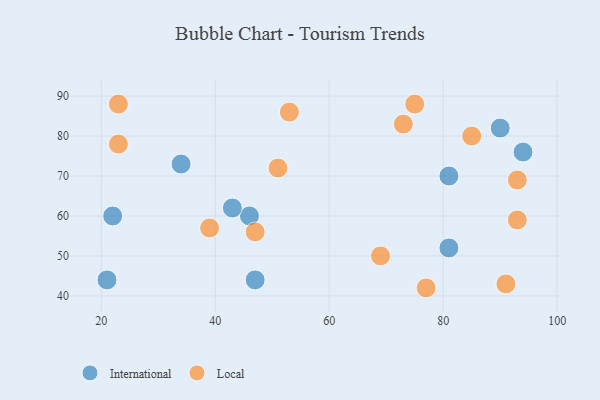
{"axis": {"x": "GDP", "y": "Life Expectancy"}, "legend": ["International", "Local"], "data": [{"x": "94", "y": 76, "type": "International"}, {"x": "22", "y": 60, "type": "International"}, {"x": "81", "y": 52, "type": "International"}, {"x": "34", "y": 73, "type": "International"}, {"x": "90", "y": 82, "type": "International"}, {"x": "46", "y": 60, "type": "International"}, {"x": "43", "y": 62, "type": "International"}, {"x": "81", "y": 70, "type": "International"}, {"x": "21", "y": 44, "type": "International"}, {"x": "47", "y": 44, "type": "International"}, {"x": "85", "y": 80, "type": "Local"}, {"x": "51", "y": 72, "type": "Local"}, {"x": "73", "y": 83, "type": "Local"}, {"x": "77", "y": 42, "type": "Local"}, {"x": "23", "y": 88, "type": "Local"}, {"x": "93", "y": 59, "type": "Local"}, {"x": "23", "y": 78, "type": "Local"}, {"x": "39", "y": 57, "type": "Local"}, {"x": "91", "y": 43, "type": "Local"}, {"x": "47", "y": 56, "type": "Local"}, {"x": "75", "y": 88, "type": "Local"}, {"x": "69", "y": 50, "type": "Local"}, {"x": "93", "y": 69, "type": "Local"}, {"x": "53", "y": 86, "type": "Local"}]}